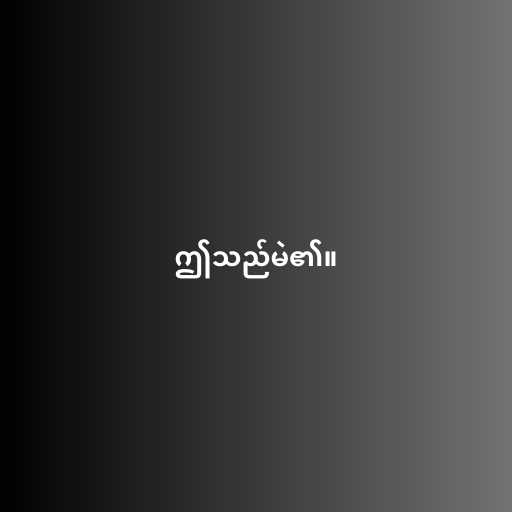
ဤသည်မဲ၏။